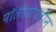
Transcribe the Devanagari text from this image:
पॉलीप्रोपलीन